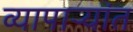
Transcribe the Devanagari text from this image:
व्यापाऱ्यांत